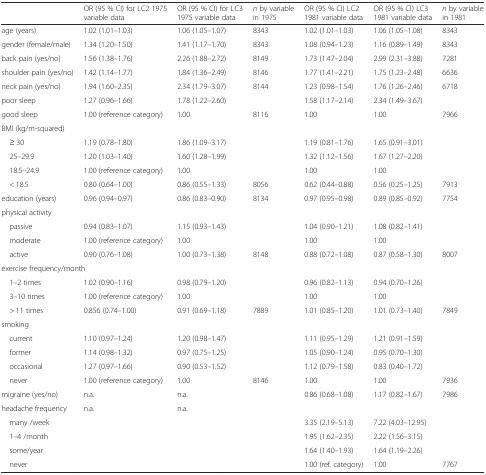
<table><thead><tr><td></td><td><b>OR (95 % CI) for LC2 1975 variable data</b></td><td><b>OR (95 % CI) for LC3 1975 variable data</b></td><td><b><i>n</i> by variable in 1975</b></td><td><b>OR (95 % CI) LC2 1981 variable data</b></td><td><b>OR (95 % CI) LC3 1981 variable data</b></td><td><b><i>n</i> by variable in 1981</b></td></tr></thead><tbody><tr><td>age (years)</td><td>1.02 (1.01–1.03)</td><td>1.06 (1.05–1.07)</td><td>8343</td><td>1.02 (1.01–1.03)</td><td>1.06 (1.05–1.08)</td><td>8343</td></tr><tr><td>gender (female/male)</td><td>1.34 (1.20–1.50)</td><td>1.41 (1.17–1.70)</td><td>8343</td><td>1.08 (0.94–1.23)</td><td>1.16 (0.89–1.49)</td><td>8343</td></tr><tr><td>back pain (yes/no)</td><td>1.56 (1.38–1.76)</td><td>2.26 (1.88–2.72)</td><td>8149</td><td>1.73 (1.47–2.04)</td><td>2.99 (2.31–3.88)</td><td>7281</td></tr><tr><td>shoulder pain (yes/no)</td><td>1.42 (1.14–1.77)</td><td>1.84 (1.36–2.49)</td><td>8146</td><td>1.77 (1.41–2.21)</td><td>1.75 (1.23–2.48)</td><td>6636</td></tr><tr><td>neck pain (yes/no)</td><td>1.94 (1.60–2.35)</td><td>2.34 (1.79–3.07)</td><td>8144</td><td>1.23 (0.98–1.54)</td><td>1.76 (1.26–2.46)</td><td>6718</td></tr><tr><td>poor sleep</td><td>1.27 (0.96–1.66)</td><td>1.78 (1.22–2.60)</td><td></td><td>1.58 (1.17–2.14)</td><td>2.34 (1.49–3.67)</td><td></td></tr><tr><td>good sleep</td><td>1.00 (reference category)</td><td>1.00</td><td>8116</td><td>1.00</td><td>1.00</td><td>7966</td></tr><tr><td colspan="7">BMI (kg/m-squared)</td></tr><tr><td> ≥ 30</td><td>1.19 (0.78–1.80)</td><td>1.86 (1.09–3.17)</td><td></td><td>1.19 (0.81–1.76)</td><td>1.65 (0.91–3.01)</td><td></td></tr><tr><td> 25–29.9</td><td>1.20 (1.03–1.40)</td><td>1.60 (1.28–1.99)</td><td></td><td>1.32 (1.12–1.56)</td><td>1.67 (1.27–2.20)</td><td></td></tr><tr><td> 18.5–24.9</td><td>1.00 (reference category)</td><td>1.00</td><td></td><td>1.00</td><td>1.00</td><td></td></tr><tr><td> &lt; 18.5</td><td>0.80 (0.64–1.00)</td><td>0.86 (0.55–1.33)</td><td>8056</td><td>0.62 (0.44–0.88)</td><td>0.56 (0.25–1.25)</td><td>7913</td></tr><tr><td>education (years)</td><td>0.96 (0.94–0.97)</td><td>0.86 (0.83–0.90)</td><td>8134</td><td>0.97 (0.95–0.98)</td><td>0.89 (0.85–0.92)</td><td>7754</td></tr><tr><td colspan="7">physical activity</td></tr><tr><td> passive</td><td>0.94 (0.83–1.07)</td><td>1.15 (0.93–1.43)</td><td></td><td>1.04 (0.90–1.21)</td><td>1.08 (0.82–1.41)</td><td></td></tr><tr><td> moderate</td><td>1.00 (reference category)</td><td>1.00</td><td></td><td>1.00</td><td>1.00</td><td></td></tr><tr><td> active</td><td>0.90 (0.76–1.08)</td><td>1.00 (0.73–1.38)</td><td>8148</td><td>0.88 (0.72–1.08)</td><td>0.87 (0.58–1.30)</td><td>8007</td></tr><tr><td colspan="7">exercise frequency/month</td></tr><tr><td> 1–2 times</td><td>1.02 (0.90–1.16)</td><td>0.98 (0.79–1.20)</td><td></td><td>0.96 (0.82–1.13)</td><td>0.94 (0.70–1.26)</td><td></td></tr><tr><td> 3–10 times</td><td>1.00 (reference category)</td><td>1.00</td><td></td><td>1.00</td><td>1.00</td><td></td></tr><tr><td> &gt; 11 times</td><td>0.856 (0.74–1.00)</td><td>0.91 (0.69–1.18)</td><td>7889</td><td>1.01 (0.85–1.20)</td><td>1.01 (0.73–1.40)</td><td>7849</td></tr><tr><td colspan="7">smoking</td></tr><tr><td> current</td><td>1.10 (0.97–1.24)</td><td>1.20 (0.98–1.47)</td><td></td><td>1.11 (0.95–1.29)</td><td>1.21 (0.91–1.59)</td><td></td></tr><tr><td> former</td><td>1.14 (0.98–1.32)</td><td>0.97 (0.75–1.25)</td><td></td><td>1.05 (0.90–1.24)</td><td>0.95 (0.70–1.30)</td><td></td></tr><tr><td> occasional</td><td>1.27 (0.97–1.66)</td><td>0.90 (0.53–1.52)</td><td></td><td>1.12 (0.79–1.58)</td><td>0.83 (0.40–1.72)</td><td></td></tr><tr><td> never</td><td>1.00 (reference category)</td><td>1.00</td><td>8146</td><td>1.00</td><td>1.00</td><td>7936</td></tr><tr><td>migraine (yes/no)</td><td>n.a.</td><td>n.a.</td><td></td><td>0.86 (0.68–1.08)</td><td>1.17 (0.82–1.67)</td><td>7986</td></tr><tr><td>headache frequency</td><td>n.a.</td><td>n.a.</td><td></td><td></td><td></td><td></td></tr><tr><td> many /week</td><td></td><td></td><td></td><td>3.35 (2.19–5.13)</td><td>7.22 (4.03–12.95)</td><td></td></tr><tr><td> 1–4 /month</td><td></td><td></td><td></td><td>1.95 (1.62–2.35)</td><td>2.22 (1.56–3.15)</td><td></td></tr><tr><td> some/year</td><td></td><td></td><td></td><td>1.64 (1.40–1.93)</td><td>1.64 (1.19–2.26)</td><td></td></tr><tr><td> never</td><td></td><td></td><td></td><td>1.00 (ref. category)</td><td>1.00</td><td>7767</td></tr></tbody></table>